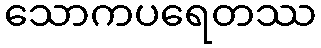
သောကပရေတဿ